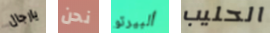
يارجال نحن ألبيرتو الحليب